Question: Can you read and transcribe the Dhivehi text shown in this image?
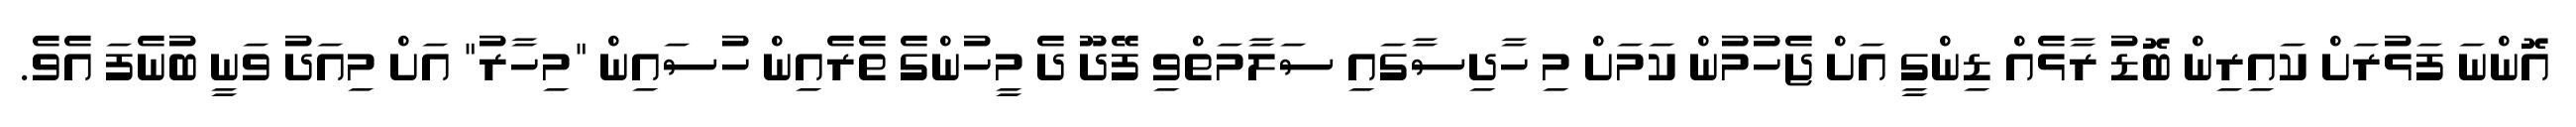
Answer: އޮންނަ ފަޅުރަށް ކައިރިން ބޮޑު ރާޅެއް ޑިންގީ އަށް ޖެހުމުން ކަމަށް މި ހާދިސާގައި ސަލާމަތްވި ފޭދޫ ދެ މީހުންގެ ތެރެއިން ހުސައިން "މިހާރު" އަށް މިއަދު ވަނީ ބުނެފަ އެވެ.